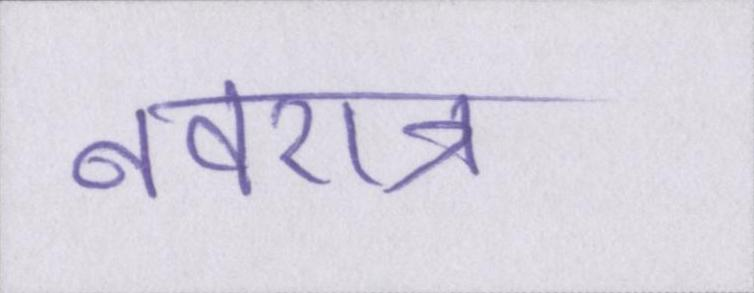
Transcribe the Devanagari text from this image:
नवरात्र